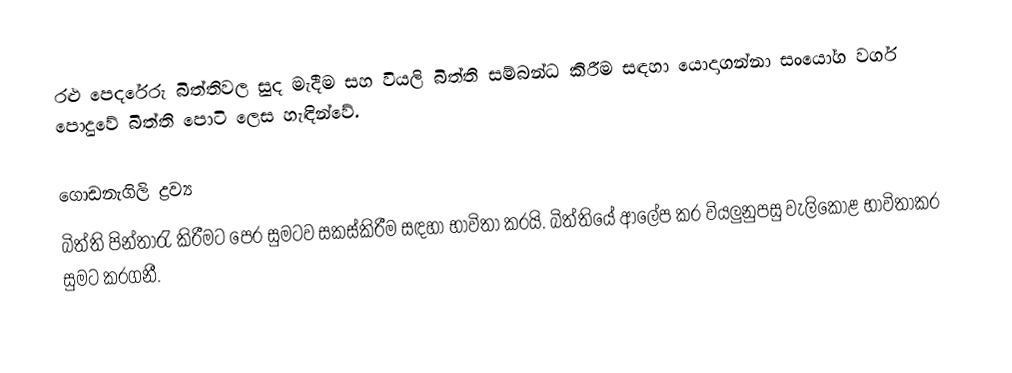
රළු පෙදරේරු බිත්තිවල සුද මැදීම සහ වියලි බිත්ති සම්බන්ධ කිරීම සඳහා යොදාගන්නා සංයෝග වර්ග පොදුවේ බිත්ති පොටි ලෙස හැඳින්වේ.

ගොඩනැගිලි ද්‍රව්‍ය
බිත්ති පින්තාරැ කිරීමට පෙර සුමටව සකස්කිරීම සඳහා භාවිතා කරයි. බිත්තියේ ආලේප කර වියලුනුපසු වැලිකොළ භාවිතාකර සුමට කරගනී.